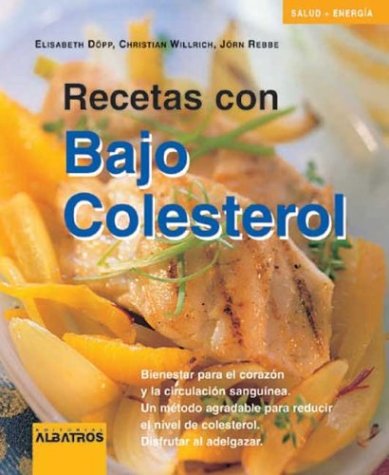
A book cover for Recetas con bajo colesterol/ Low Cholesterol Recipes: Bienestar para el corazon y la circulacion sanguinea con un metodo para reducir el nivel de colesterol (Salud + Energia) (Spanish Edition); Elisabeth Dopp; Cookbooks, Food & Wine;